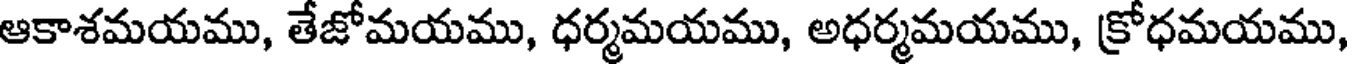
ఆకాశమయము, తేజోమయము, ధర్మమయము, అధర్మమయము, క్రోధమయము,